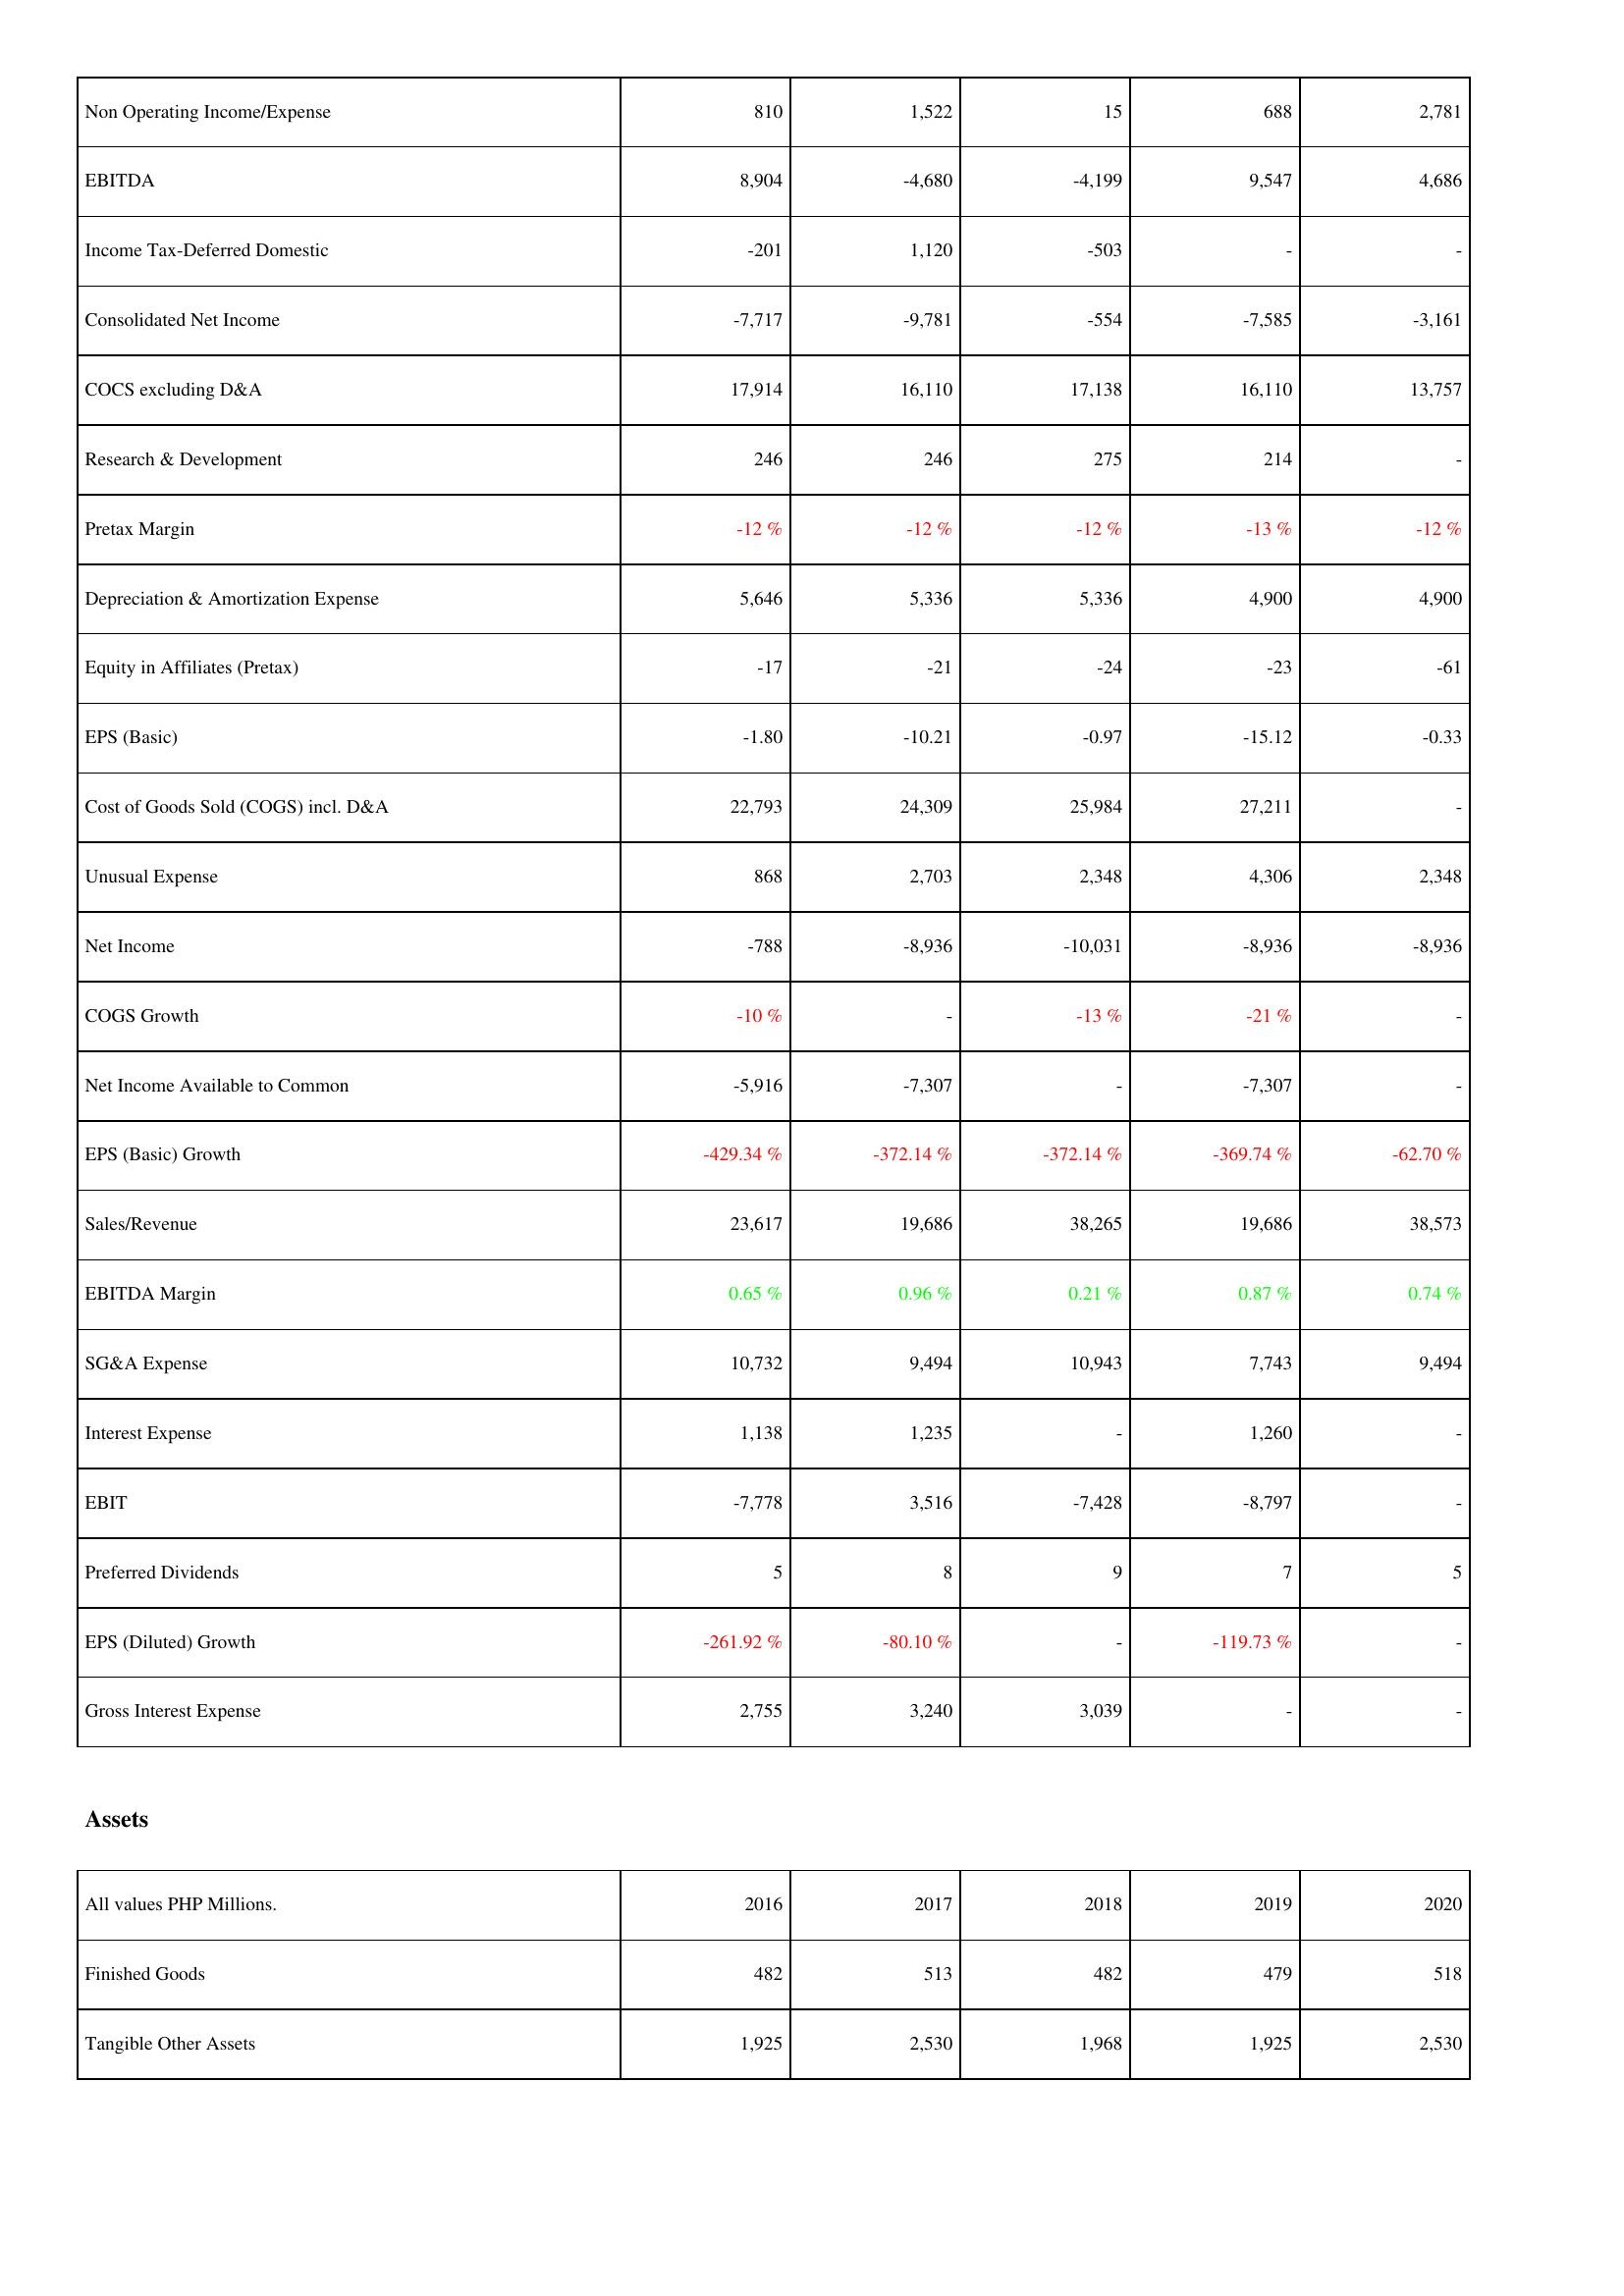
2016: Income Statement: Non Operating Income/Expense: 810
EBITDA: 8,904
Income Tax-Deferred Domestic: -201
Consolidated Net Income: -7,717
COCS excluding D&A: 17,914
Research & Development: 246
Pretax Margin: -12 %
Depreciation & Amortization Expense: 5,646
Equity in Affiliates (Pretax): -17
EPS (Basic): -1.80
Cost of Goods Sold (COGS) incl. D&A: 22,793
Unusual Expense: 868
Net Income: -788
COGS Growth: -10 %
Net Income Available to Common: -5,916
EPS (Basic) Growth: -429.34 %
Sales/Revenue: 23,617
EBITDA Margin: 0.65 %
SG&A Expense: 10,732
Interest Expense: 1,138
EBIT: -7,778
Preferred Dividends: 5
EPS (Diluted) Growth: -261.92 %
Gross Interest Expense: 2,755
Assets: Finished Goods: 482
Tangible Other Assets: 1,925
2017: Income Statement: Non Operating Income/Expense: 1,522
EBITDA: -4,680
Income Tax-Deferred Domestic: 1,120
Consolidated Net Income: -9,781
COCS excluding D&A: 16,110
Research & Development: 246
Pretax Margin: -12 %
Depreciation & Amortization Expense: 5,336
Equity in Affiliates (Pretax): -21
EPS (Basic): -10.21
Cost of Goods Sold (COGS) incl. D&A: 24,309
Unusual Expense: 2,703
Net Income: -8,936
COGS Growth: -
Net Income Available to Common: -7,307
EPS (Basic) Growth: -372.14 %
Sales/Revenue: 19,686
EBITDA Margin: 0.96 %
SG&A Expense: 9,494
Interest Expense: 1,235
EBIT: 3,516
Preferred Dividends: 8
EPS (Diluted) Growth: -80.10 %
Gross Interest Expense: 3,240
Assets: Finished Goods: 513
Tangible Other Assets: 2,530
2018: Income Statement: Non Operating Income/Expense: 15
EBITDA: -4,199
Income Tax-Deferred Domestic: -503
Consolidated Net Income: -554
COCS excluding D&A: 17,138
Research & Development: 275
Pretax Margin: -12 %
Depreciation & Amortization Expense: 5,336
Equity in Affiliates (Pretax): -24
EPS (Basic): -0.97
Cost of Goods Sold (COGS) incl. D&A: 25,984
Unusual Expense: 2,348
Net Income: -10,031
COGS Growth: -13 %
Net Income Available to Common: -
EPS (Basic) Growth: -372.14 %
Sales/Revenue: 38,265
EBITDA Margin: 0.21 %
SG&A Expense: 10,943
Interest Expense: -
EBIT: -7,428
Preferred Dividends: 9
EPS (Diluted) Growth: -
Gross Interest Expense: 3,039
Assets: Finished Goods: 482
Tangible Other Assets: 1,968
2019: Income Statement: Non Operating Income/Expense: 688
EBITDA: 9,547
Income Tax-Deferred Domestic: -
Consolidated Net Income: -7,585
COCS excluding D&A: 16,110
Research & Development: 214
Pretax Margin: -13 %
Depreciation & Amortization Expense: 4,900
Equity in Affiliates (Pretax): -23
EPS (Basic): -15.12
Cost of Goods Sold (COGS) incl. D&A: 27,211
Unusual Expense: 4,306
Net Income: -8,936
COGS Growth: -21 %
Net Income Available to Common: -7,307
EPS (Basic) Growth: -369.74 %
Sales/Revenue: 19,686
EBITDA Margin: 0.87 %
SG&A Expense: 7,743
Interest Expense: 1,260
EBIT: -8,797
Preferred Dividends: 7
EPS (Diluted) Growth: -119.73 %
Gross Interest Expense: -
Assets: Finished Goods: 479
Tangible Other Assets: 1,925
2020: Income Statement: Non Operating Income/Expense: 2,781
EBITDA: 4,686
Income Tax-Deferred Domestic: -
Consolidated Net Income: -3,161
COCS excluding D&A: 13,757
Research & Development: -
Pretax Margin: -12 %
Depreciation & Amortization Expense: 4,900
Equity in Affiliates (Pretax): -61
EPS (Basic): -0.33
Cost of Goods Sold (COGS) incl. D&A: -
Unusual Expense: 2,348
Net Income: -8,936
COGS Growth: -
Net Income Available to Common: -
EPS (Basic) Growth: -62.70 %
Sales/Revenue: 38,573
EBITDA Margin: 0.74 %
SG&A Expense: 9,494
Interest Expense: -
EBIT: -
Preferred Dividends: 5
EPS (Diluted) Growth: -
Gross Interest Expense: -
Assets: Finished Goods: 518
Tangible Other Assets: 2,530